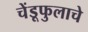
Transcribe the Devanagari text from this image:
चेंडूफुलाचे